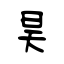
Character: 昊